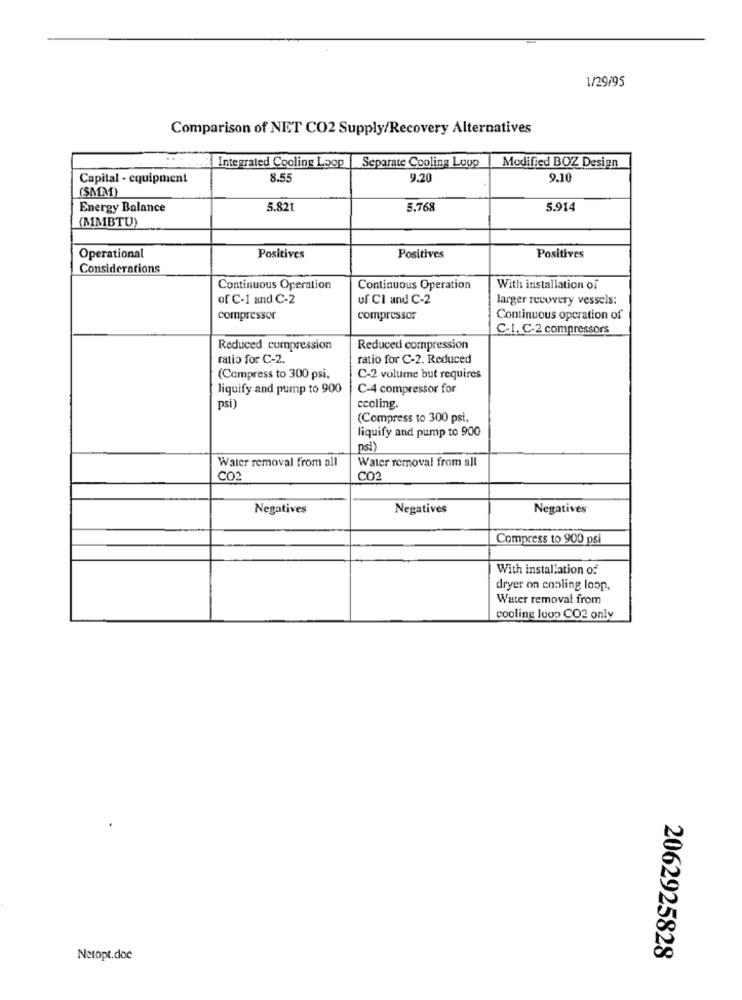
1/29/95
Comparison of NET CO2 Supply/Recovery Alternatives
Integrated Cooling Loop
Separate Cooling Loop
Modified BOZ Design
Capital - equipment
8.55
9.20
9.10
(SMM)
Energy Balance
5.821
5.768
5.914
(MMBTU)
Operational
Positives
Positives
Positives
Considerations
Continuous Operation
Continuous Operation
With installation of
of C-1 and C-2
uf Cl and C-2
larger recovery vessels:
compressor
compressor
Continuous operation of
C-I. C.2 compressors
Reduced cumpression
Reduced compression
ratio for C-2.
ratio for C-2. Reduced
(Compress to 300 psi.
C-2 volume but requires
liquify and pump to 900
C-4 compressor for
psi)
ccoling.
(Compress to 300 psi.
liquify and pump to 900
psi)
Water removal from all
Water removal from all
CO2
CO
Negatives
Negatives
Negatives
Compress to 900 psi
With installation of
dryer on cooling loop,
Water removal from
cooling loon CO2 only
Netopt.doc
2062925828